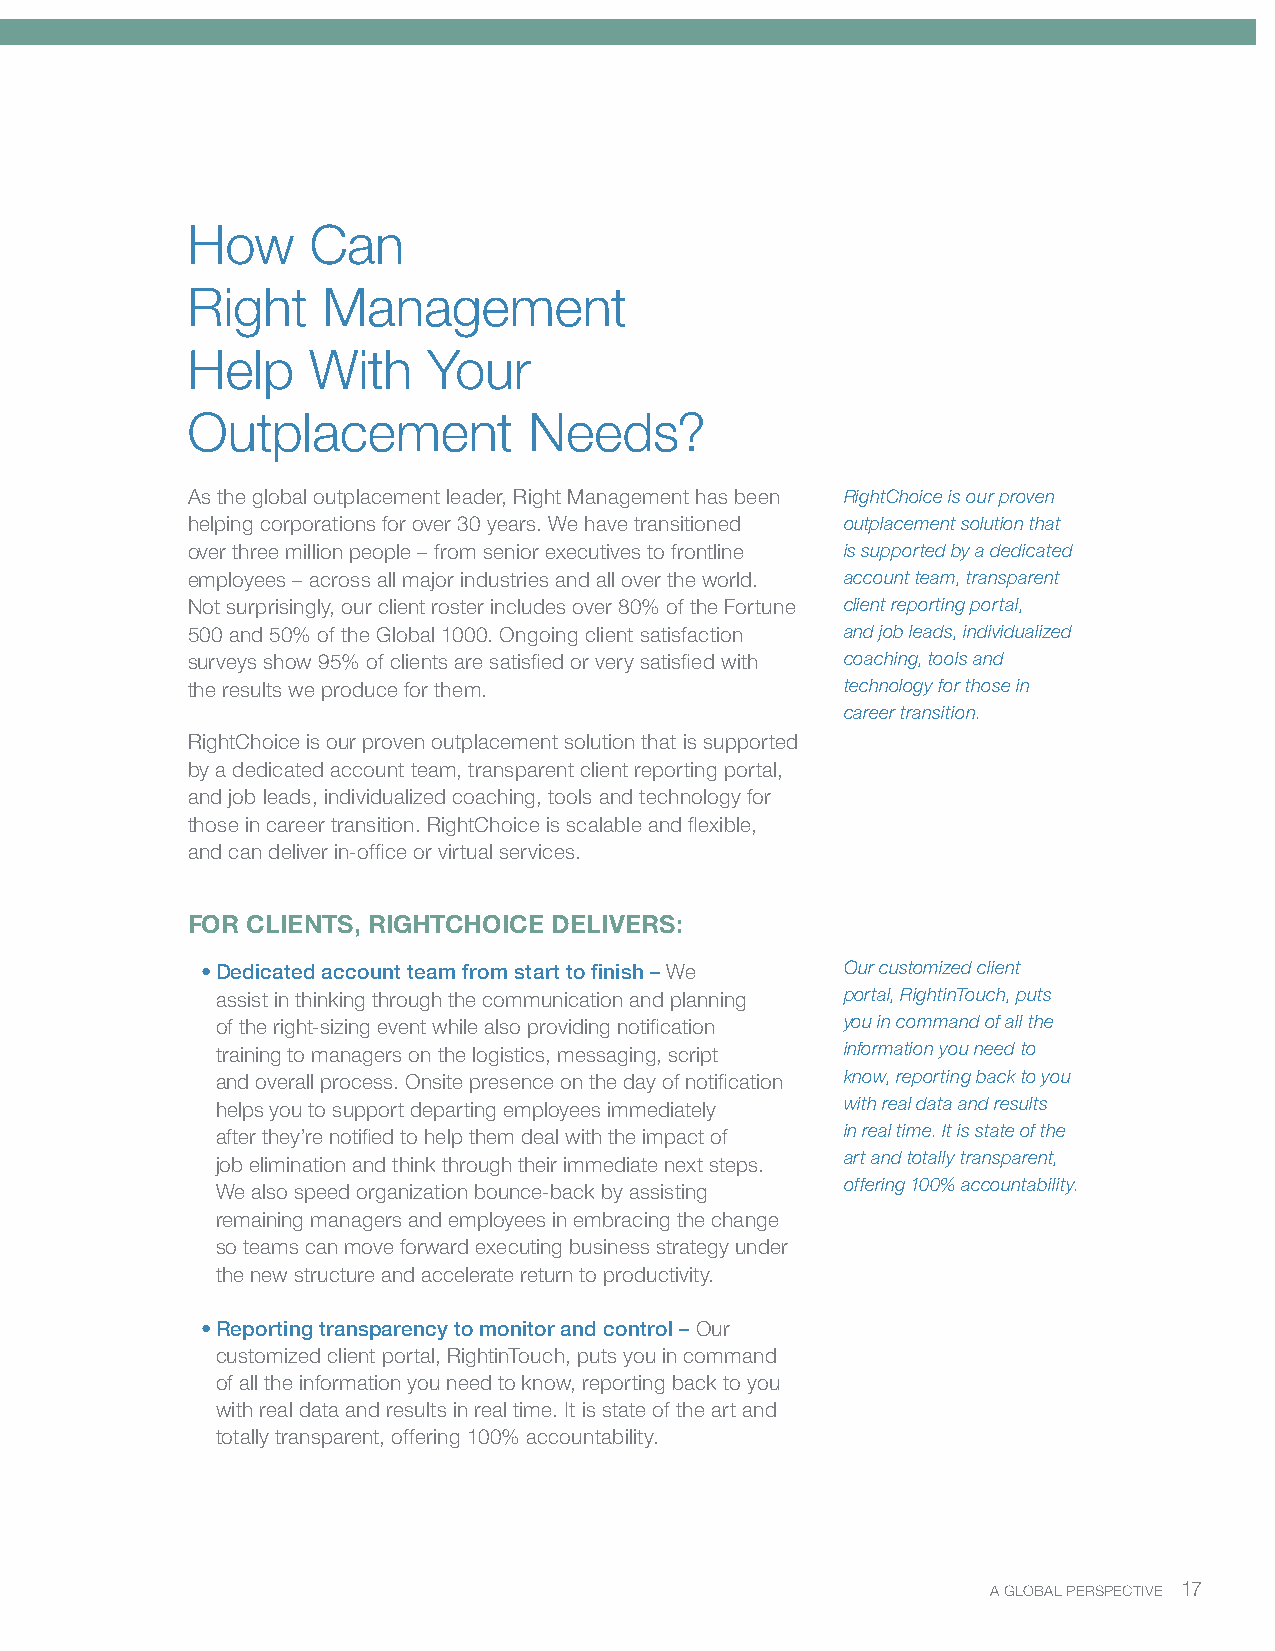
How     Can
 Right    Management
 Help    With    Your
 Outplacement           Needs?
 As the global outplacement leader, Right Management has been RightChoice is our proven
 helping corporations for over 30 years. We have transitioned outplacement solution that
 over three million people – from senior executives to frontline is supported by a dedicated
 employees – across all major industries and all over the world. account team, transparent
 Not surprisingly, our client roster includes over 80% of the Fortune client reporting portal,
 500 and 50% of the Global 1000. Ongoing client satisfaction and job leads, individualized
 surveys show 95% of clients are satisfied or very satisfied with coaching, tools and
 the results we produce for them.            technology for those in
 career transition.
 RightChoice is our proven outplacement solution that is supported
 by a dedicated account team, transparent client reporting portal,
 and job leads, individualized coaching, tools and technology for
 those in career transition. RightChoice is scalable and flexible,
 and can deliver in-office or virtual services.
 FOR CLIENTS, RIGHTCHOICE DELIVERS:
 • Dedicated account team from start to finish – We Our customized client
 assist in thinking through the communication and planning portal, RightinTouch, puts
 of the right-sizing event while also providing notification you in command of all the
 training to managers on the logistics, messaging, script information you need to
 and overall process. Onsite presence on the day of notification know, reporting back to you
 helps you to support departing employees immediately with real data and results
 after they’re notified to help them deal with the impact of in real time. It is state of the
 job elimination and think through their immediate next steps. art and totally transparent,
 offering 100% accountability.
 We also speed organization bounce-back by assisting
 remaining managers and employees in embracing the change
 so teams can move forward executing business strategy under
 the new structure and accelerate return to productivity.
 • Reporting transparency to monitor and control – Our
 customized client portal, RightinTouch, puts you in command
 of all the information you need to know, reporting back to you
 with real data and results in real time. It is state of the art and
 totally transparent, offering 100% accountability.
 A GLOBAL PERSPECTIVE 17